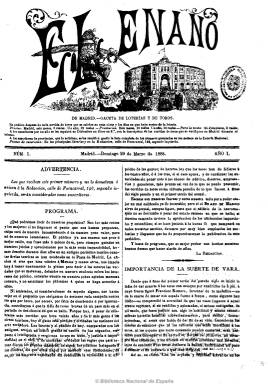
Título: El Enano de Madrid
Otros títulos: El Enano
Colección: Toros
Ámbito geográfico: Madrid
Lugar de publicación: Madrid
Fechas: 29/03/1885-27/07/1887

A la muerte del revistero José Carmona y Jiménez, fundador y alma del periódico taurino El enano (1851-1858) y de su continuador, el Boletín de loterías y toros (1858-1885), y el subsiguiente cambio de propiedad, se produce una escisión en el seno de la redacción de este, pues algunos periodistas que desde 1874 venían siendo sus redactores empiezan el 29 de marzo de 1885 a publicar El enano de Madrid.  Esto obliga, por otra parte, a que los nuevos propietarios, Antonio Alcaide y Eduardo Raya, cambien rápidamente la cabecera del Boletín…, que edita su número 1.779 el 30 de marzo de 1885, para recuperar la primitiva de El enano a partir del siete de abril, que continúa su secuencia con el número 1.880.

El enano de Madrid, que también se subtitula “gaceta de loterías y toros”, es pues un periódico taurino con distinta propiedad y hechura (compuesto a dos y después a tres columnas en la imprenta madrileña de José de Rojas) y que tendrá secuencia propia. Con un grabado del principal coso taurino madrileño, del que en ese momento carece la cabecera de su casi homónimo, el nuevo periódico publicará sus crónicas e informaciones de los festejos taurinos, tanto de la capital como de provincias, contando para ello con sus propios corresponsales, dedicando algún espacio a dar cuenta  de la programación teatral y a algunos breves anuncios comerciales, al final.

En números de cuatro páginas, también aparecerá después de cada corrida que se celebre en la Corte y los días en que haya sorteo de loterías, y sólo durante la temporada taurina, que suele ser de mayo a noviembre de cada año. Además, se autopromocionará anunciando que es el periódico más barato de España.

La colección de la Biblioteca Nacional de España no está completa, y su número 95 es el último, correspondiente al 27 de julio de 1887, año en que debió de suspender su publicación, debido con toda probabilidad a su directa competencia con la auténtica cabecera de El enano que, esta sí, se convertirá en una de las más longevas de la prensa taurina, pues durará hasta 1912.